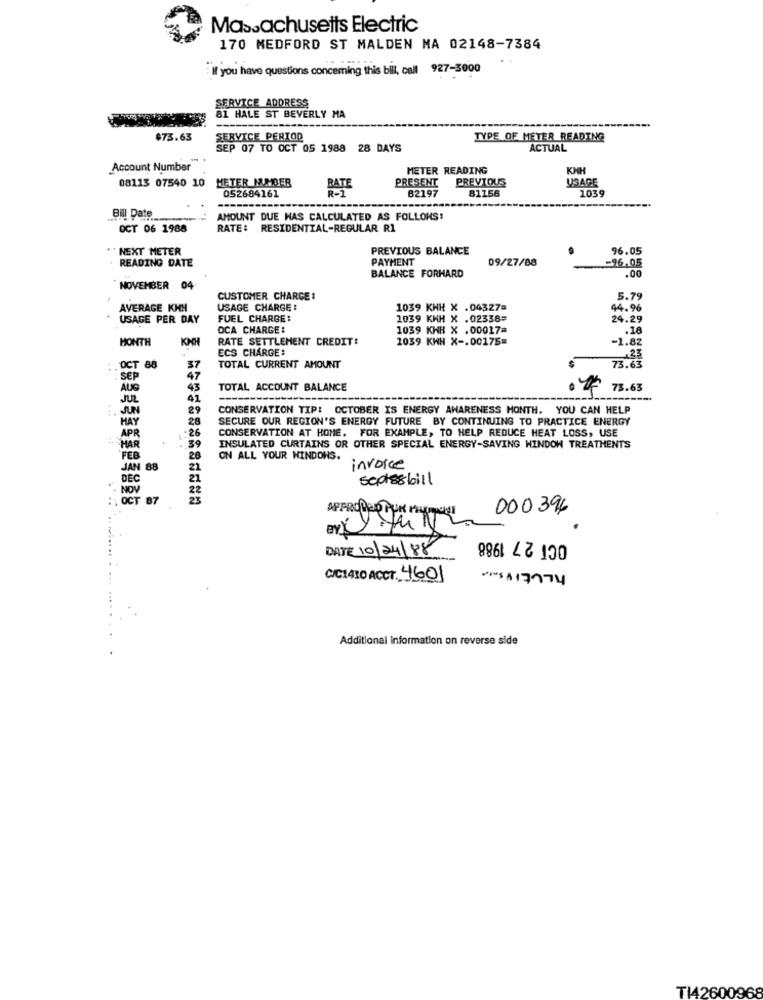
Massachusetts Electric
170 MEDFORD ST MALDEN MA 02148-7384
: If you have questions concerning this bill, call 927-3000
SERVICE ADDRESS
81 HALE ST BEVERLY MA
$73.63
SERVICE PERIOD
TYPE OF METER READING
SEP 07 TO OCT 05 1988 28 DAYS
ACTUAL
Account Number
METER READING
KMH
PREVIOUS
USAGE
08113 07540 10 HETER MADER
RATE
PRESENT
82197
81156
103
052684161
Bil Date
AMOUNT DUE HAS CALCULATED AS FOLLOWS:
OCT 06 1988
RATE: RESIDENTIAL-REGULAR R1
" NEXT METER
PREVIOUS BALANCE
96.05
READING DATE
PAYMENT
09/27/88
=96.05
.00
BALANCE FORHARD
NOVEMBER 04
CUSTOMER CHARGE :
5.79
AVERAGE KKH
USAGE CHARGE :
1039 KWH X .04327=
44.96
USAGE PER DAY
FUEL CHARGE:
1039 KWH X .02338=
24.29
OCA CHARGE:
1039 KHR X .00017=
.18
MONTH
KMH
RATE SETTLEMENT CREDIT:
1039 KHH X -. 00175=
-1.82
ECS CHARGE:
. OCT 88
47
37
TOTAL CURRENT AMOUNT
73.63
SEP
AUS
43
TOTAL ACCOUNT BALANCE
73.63
JUL
41
. JUN
29
CONSERVATION TIP: OCTOBER IS ENERGY AWARENESS MONTH. YOU CAN HELP
HAY
28
SECURE OUR REGION'S ENERGY FUTURE BY CONTINUING TO PRACTICE ENERGY
-26
CONSERVATION AT HOME, FOR EXAMPLE, TO HELP REDUCE HEAT LOSS, USE
APR
HAR
.39
INSULATED CURTAINS OR OTHER SPECIAL ENERGY-SAVING WINDOW TREATMENTS
FEB
28
ON ALL YOUR WINDOWS.
JAN 88
22
invoice
DEC
21
scots& bill
22
. NOW
OCT 87
000 396
OCT 27 1988
DATE 10/24/88
CIC1410 ACCT. 4601
+++$117774
Additional Information on reverse side
TI42600968